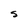
Character: S